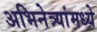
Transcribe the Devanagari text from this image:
अभिनेत्र्यांमध्ये